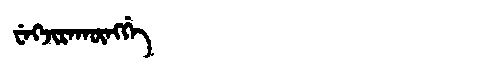
Manchu: ᠸᡝᡴᠵᡳᡵᠠᡴᡡᠩᡤᡝ
Romanization: WEKJIRAKŪNGGE